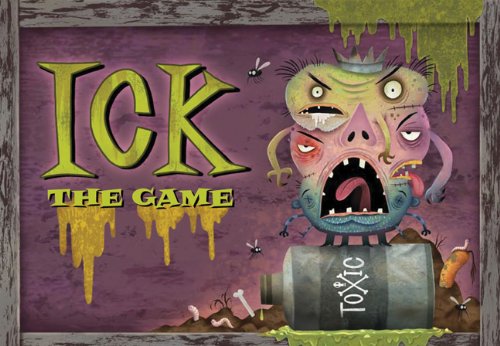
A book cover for Ick!: The Game; Michael Slack; Teen & Young Adult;